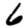
Digit: 6